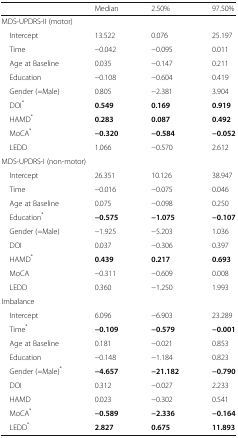
<table><thead><tr><td></td><td><b>Median</b></td><td><b>2.50%</b></td><td><b>97.50%</b></td></tr></thead><tbody><tr><td colspan="4">MDS-UPDRS-II (motor)</td></tr><tr><td> Intercept</td><td>13.522</td><td>0.076</td><td>25.197</td></tr><tr><td> Time</td><td>−0.042</td><td>−0.095</td><td>0.011</td></tr><tr><td> Age at Baseline</td><td>0.035</td><td>−0.147</td><td>0.211</td></tr><tr><td> Education</td><td>−0.108</td><td>−0.604</td><td>0.419</td></tr><tr><td> Gender (=Male)</td><td>0.805</td><td>−2.381</td><td>3.904</td></tr><tr><td> DOI<sup>*</sup></td><td><b>0.549</b></td><td><b>0.169</b></td><td><b>0.919</b></td></tr><tr><td> HAMD<sup>*</sup></td><td><b>0.283</b></td><td><b>0.087</b></td><td><b>0.492</b></td></tr><tr><td> MoCA<sup>*</sup></td><td><b>−0.320</b></td><td><b>−0.584</b></td><td><b>−0.052</b></td></tr><tr><td> LEDD</td><td>1.066</td><td>−0.570</td><td>2.612</td></tr><tr><td colspan="4">MDS-UPDRS-I (non-motor)</td></tr><tr><td> Intercept</td><td>26.351</td><td>10.126</td><td>38.947</td></tr><tr><td> Time</td><td>−0.016</td><td>−0.075</td><td>0.046</td></tr><tr><td> Age at Baseline</td><td>0.075</td><td>−0.098</td><td>0.250</td></tr><tr><td> Education<sup>*</sup></td><td><b>−0.575</b></td><td><b>−1.075</b></td><td><b>−0.107</b></td></tr><tr><td> Gender (=Male)</td><td>−1.925</td><td>−5.203</td><td>1.036</td></tr><tr><td> DOI</td><td>0.037</td><td>−0.306</td><td>0.397</td></tr><tr><td> HAMD<sup>*</sup></td><td><b>0.439</b></td><td><b>0.217</b></td><td><b>0.693</b></td></tr><tr><td> MoCA</td><td>−0.311</td><td>−0.609</td><td>0.008</td></tr><tr><td> LEDD</td><td>0.360</td><td>−1.250</td><td>1.993</td></tr><tr><td colspan="4">Imbalance</td></tr><tr><td> Intercept</td><td>6.096</td><td>−6.903</td><td>23.289</td></tr><tr><td> Time<sup>*</sup></td><td><b>−0.109</b></td><td><b>−0.579</b></td><td><b>−0.001</b></td></tr><tr><td> Age at Baseline</td><td>0.181</td><td>−0.021</td><td>0.853</td></tr><tr><td> Education</td><td>−0.148</td><td>−1.184</td><td>0.823</td></tr><tr><td> Gender (=Male)<sup>*</sup></td><td><b>−4.657</b></td><td><b>−21.182</b></td><td><b>−0.790</b></td></tr><tr><td> DOI</td><td>0.312</td><td>−0.027</td><td>2.233</td></tr><tr><td> HAMD</td><td>0.023</td><td>−0.302</td><td>0.541</td></tr><tr><td> MoCA<sup>*</sup></td><td><b>−0.589</b></td><td><b>−2.336</b></td><td><b>−0.164</b></td></tr><tr><td> LEDD<sup>*</sup></td><td><b>2.827</b></td><td><b>0.675</b></td><td><b>11.893</b></td></tr></tbody></table>